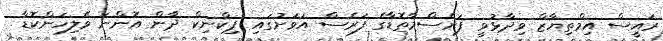
ރައީސް އިމްތިޔާޒް ވިދާޅުވީ ފަރެސްމާތޮޑާގެ ފަރެސް އަވަށުގައި ޕިކްނިކް ދާން އޮންނަ ވޭލިހަންކޮޑާ